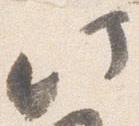
此